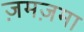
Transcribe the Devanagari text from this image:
ज़मज़मा